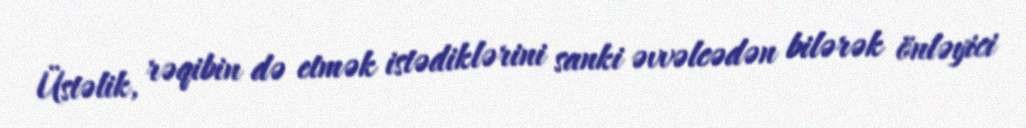
Üstəlik, rəqibin də etmək istədiklərini sanki əvvəlcədən bilərək önləyici